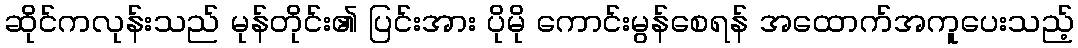
ဆိုင်ကလုန်းသည် မုန်တိုင်း၏ ပြင်းအား ပိုမို ကောင်းမွန်စေရန် အထောက်အကူပေးသည့်